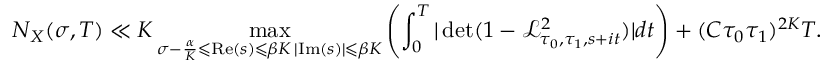
N _ { X } ( \sigma , T ) \ll K \operatorname* { m a x } _ { \substack { \sigma - \frac { \alpha } { K } \leqslant \mathrm { R e } ( s ) \leqslant \beta K \, \vert \mathrm { I m } ( s ) \vert \leqslant \beta K } } \left( \int _ { 0 } ^ { T } \vert \operatorname* { d e t } ( 1 - \mathcal { L } _ { \tau _ { 0 } , \tau _ { 1 } , s + i t } ^ { 2 } ) \vert d t \right) + ( C \tau _ { 0 } \tau _ { 1 } ) ^ { 2 K } T .